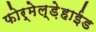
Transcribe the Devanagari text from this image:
फोर्मेल्ड़ेहाईड